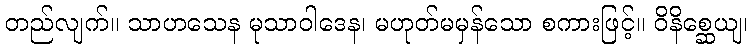
တည်လျက်။ သာဟသေန မုသာဝါဒေန၊ မဟုတ်မမှန်သော စကားဖြင့်။ ဝိနိစ္ဆေယျ၊